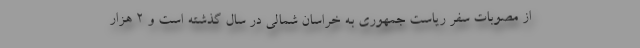
از مصوبات سفر ریاست جمهوری به خراسان شمالی در سال گذشته است و ۲ هزار